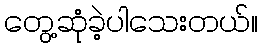
တွေ့ဆုံခဲ့ပါသေးတယ်။